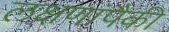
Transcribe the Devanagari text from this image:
लक्षणांपैकी